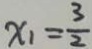
x _ { 1 } = \frac { 3 } { 2 }